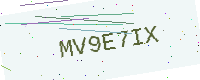
Text: MV9E7IX